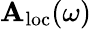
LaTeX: \mathbf{A}_{\mathrm{{loc}}}(\omega)